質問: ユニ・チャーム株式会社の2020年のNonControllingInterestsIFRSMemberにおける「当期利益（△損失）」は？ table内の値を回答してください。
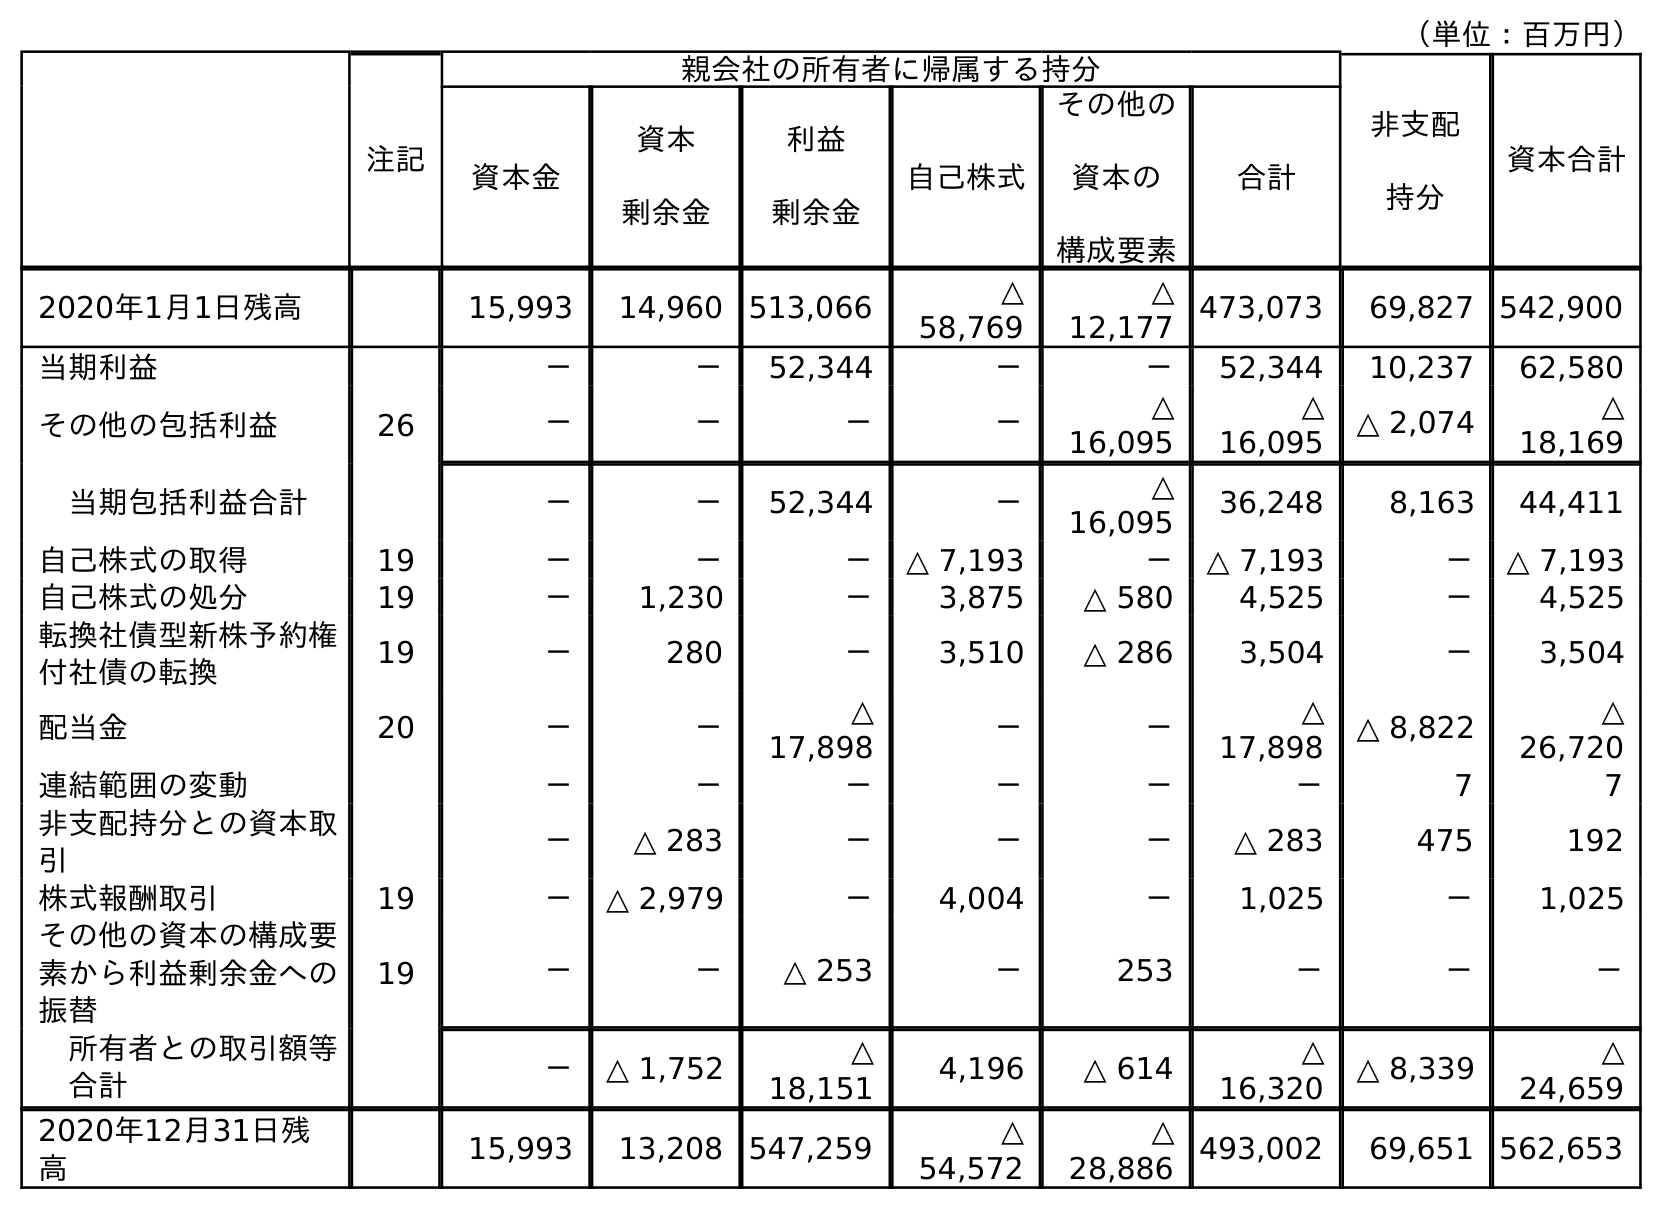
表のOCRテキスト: （単位：百万円） 注記 親会社の所有者に帰属する持分 非支配 持分 資本合計 資本金 資本 剰余金 利益 剰余金 自己株式 その他の 資本の 構成要素 合計 2020年1月1日残高 15,993 14,960 513,066 △ 58,769 △ 12,177 473,073 69,827 542,900 当期利益 － － 52,344 － － 52,344 10,237 62,580 その他の包括利益 26 － － － － △ 16,095 △ 16,095 △ 2,074 △ 18,169 当期包括利益合計 － － 52,344 － △ 16,095 36,248 8,163 44,411 自己株式の取得 19 － － － △ 7,193 － △ 7,193 － △ 7,193 自己株式の処分 19 － 1,230 － 3,875 △ 580 4,525 － 4,525 転換社債型新株予約権 付社債の転換 19 － 280 － 3,510 △ 286 3,504 － 3,504 配当金 20 － － △ 17,898 － － △ 17,898 △ 8,822 △ 26,720 連結範囲の変動 － － － － － － 7 7 非支配持分との資本取 引 － △ 283 － － － △ 283 475 192 株式報酬取引 19 － △ 2,979 － 4,004 － 1,025 － 1,025 その他の資本の構成要 素から利益剰余金への 振替 19 － － △ 253 － 253 － － － 所有者との取引額等 合計 － △ 1,752 △ 18,151 4,196 △ 614 △ 16,320 △ 8,339 △ 24,659 2020年12月31日残 高 15,993 13,208 547,259 △ 54,572 △ 28,886 493,002 69,651 562,653
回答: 10,237